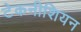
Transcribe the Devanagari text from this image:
टेकनीशियन